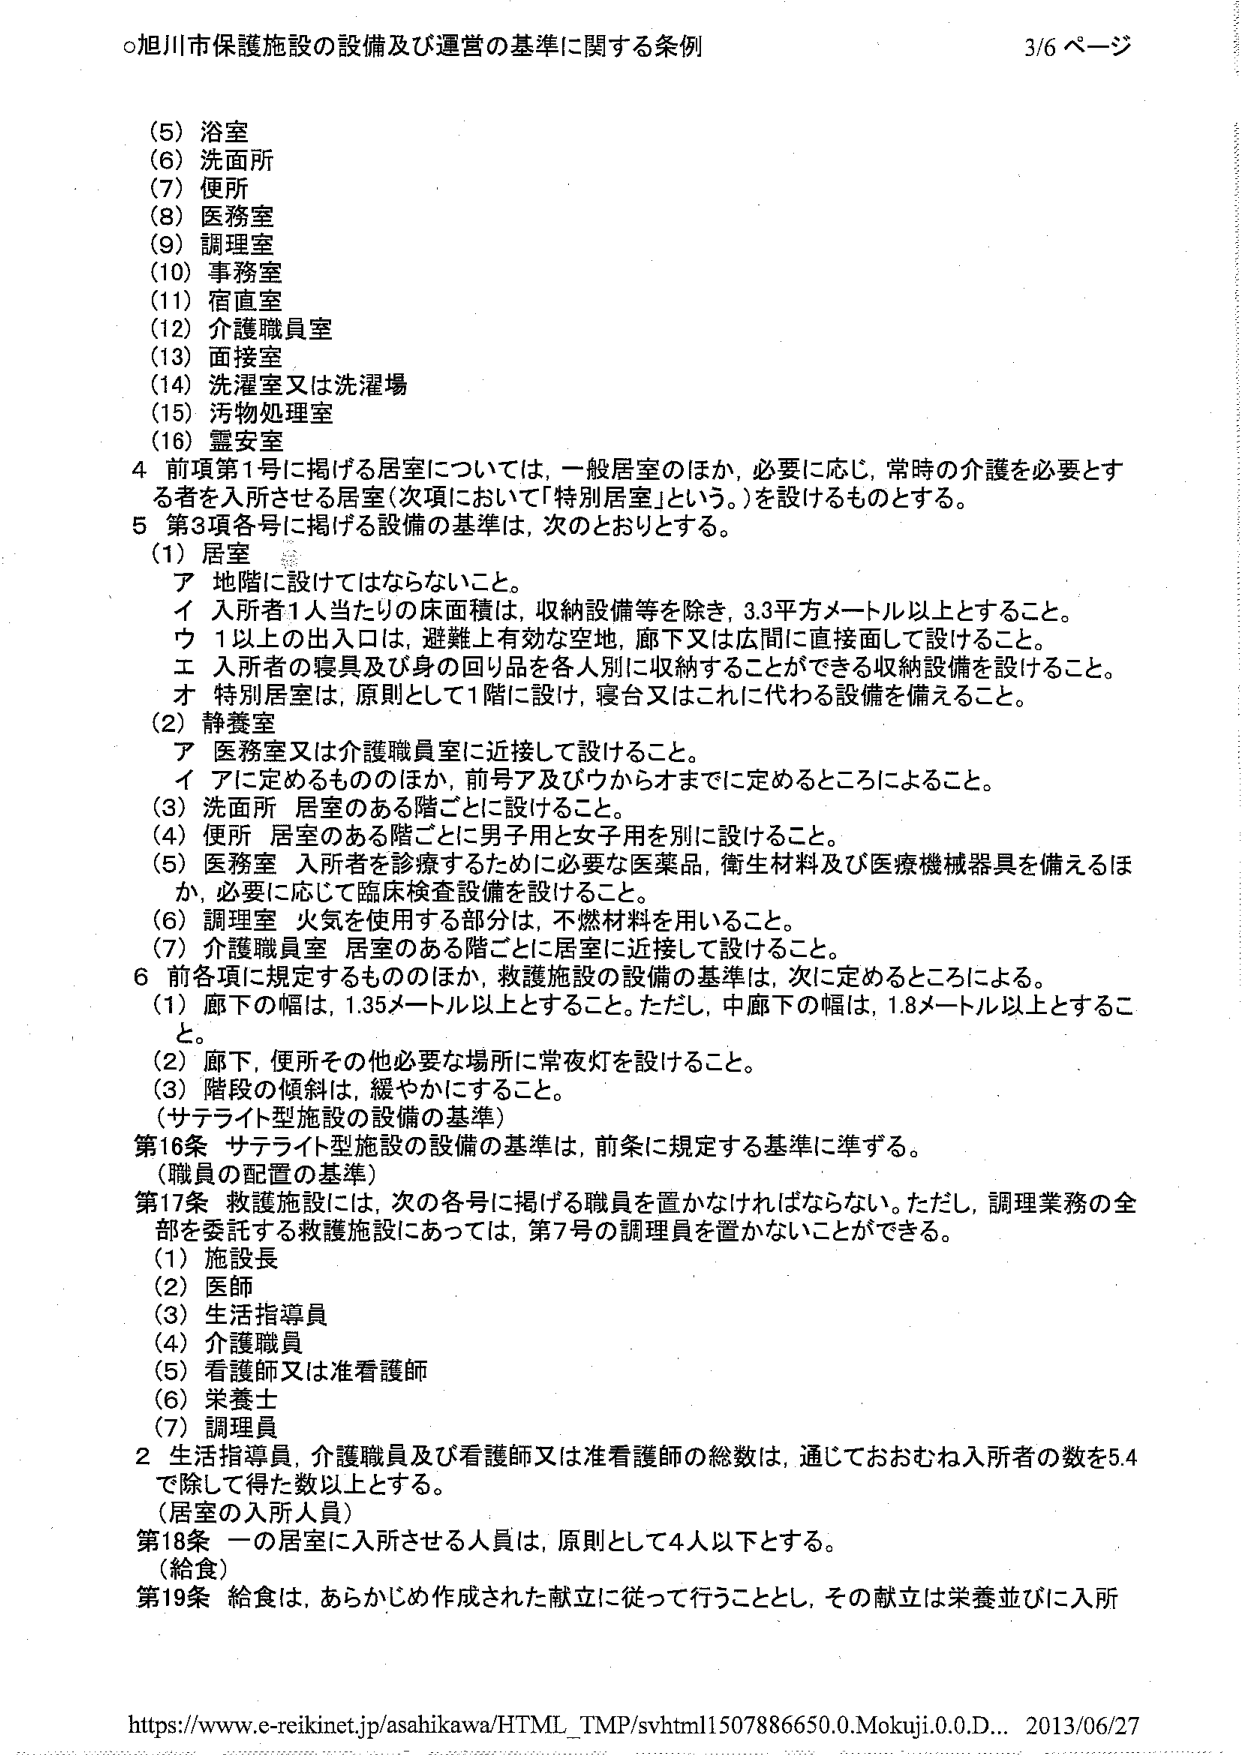
○旭川市保護施設の設備及び運営の基準に関する条例 3/6 ページ

(5) 浴室
(6) 洗面所
(7) 便所
(8) 医務室
(9) 調理室
(10) 事務室
(11) 宿直室
(12) 介護職員室
(13) 面接室
(14) 洗濯室又は洗濯場
(15) 汚物処理室
(16) 霊安室

4 前項第1号に掲げる居室については、一般居室のほか、必要に応じ、常時の介護を必要とする者を入所させる居室（次項において「特別居室」という。）を設けるものとする。

5 第3項各号に掲げる設備の基準は、次のとおりとする。
(1) 居室
　ア 地階に設けてはならないこと。
　イ 入所者1人当たりの床面積は、収納設備等を除き、3.3平方メートル以上とすること。
　ウ 1以上の出入口は、避難上有効な空地、廊下又は広間に直接面して設けること。
　エ 入所者の寝具及び身の回り品を各人別に収納することができる収納設備を設けること。
　オ 特別居室は、原則として1階に設け、寝台又はこれに代わる設備を備えること。

(2) 静養室
　ア 医務室又は介護職員室に近接して設けること。
　イ アに定めるもののほか、前号ア及びウからオまでに定めるところによること。

(3) 洗面所 居室のある階ごとに設けること。

(4) 便所 居室のある階ごとに男子用と女子用を別に設けること。

(5) 医務室 入所者を診療するために必要な医薬品、衛生材料及び医療機械器具を備えるほか、必要に応じて臨床検査設備を設けること。

(6) 調理室 火気を使用する部分は、不燃材料を用いること。

(7) 介護職員室 居室のある階ごとに居室に近接して設けること。

6 前各項に規定するもののほか、救護施設の設備の基準は、次に定めるところによる。
(1) 廊下の幅は、1.35メートル以上とすること。ただし、中廊下の幅は、1.8メートル以上とすること。
(2) 廊下、便所その他必要な場所に常夜灯を設けること。
(3) 階段の傾斜は、緩やかにすること。
（サテライト型施設の設備の基準）

第16条 サテライト型施設の設備の基準は、前条に規定する基準に準ずる。
（職員の配置の基準）

第17条 救護施設には、次の各号に掲げる職員を置かなければならない。ただし、調理業務の全部を委託する救護施設にあっては、第7号の調理員を置かないことができる。
(1) 施設長
(2) 医師
(3) 生活指導員
(4) 介護職員
(5) 看護師又は准看護師
(6) 栄養士
(7) 調理員

2 生活指導員、介護職員及び看護師又は准看護師の総数は、通じておおむね入所者の数を5.4で除して得た数以上とする。
（居室の入所人員）

第18条 一の居室に入所させる人員は、原則として4人以下とする。
（給食）

第19条 給食は、あらかじめ作成された献立に従って行うこととし、その献立は栄養並びに入所

https://www.e-reikinet.jp/asahikawa/HTML_TMP/svhtml1507886650.0.Mokuji.0.0.D... 2013/06/27